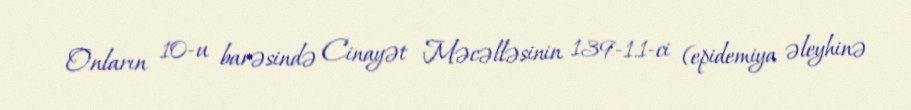
Onların 10-u barəsində Cinayət Məcəlləsinin 139-1.1-ci (epidemiya əleyhinə